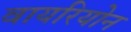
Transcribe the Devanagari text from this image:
वायरियोन